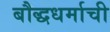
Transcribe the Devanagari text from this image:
बौद्धधर्माची